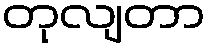
တုလျတာ